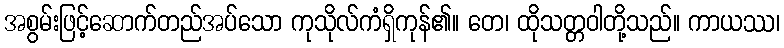
အစွမ်းဖြင့်ဆောက်တည်အပ်သော ကုသိုလ်ကံရှိကုန်၏။ တေ၊ ထိုသတ္တဝါတို့သည်။ ကာယဿ၊